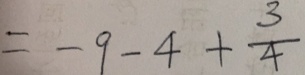
= - 9 - 4 + \frac { 3 } { 4 }